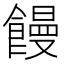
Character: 饅